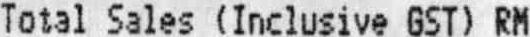
TOTAL SALES (INCLUSIVE GST) RM